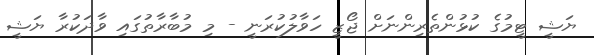
ޔަޝީ ޓީމުގެ ކުޅުންތެރިންނަށް ޖޯޒީ ހަވާލުކުރަނީ - މި މުބާރާތުގައި ވާދަކުރާ ޔަޝީ